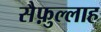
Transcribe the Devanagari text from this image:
सैफ़ुल्लाह